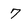
Character: 7